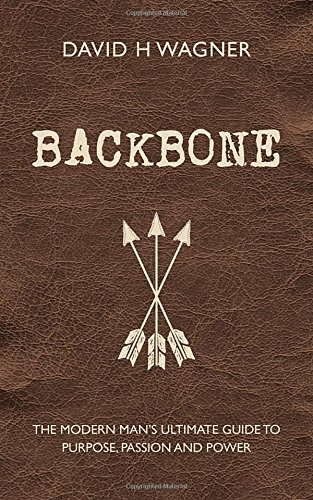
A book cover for Backbone: The Modern Man's Ultimate Guide to Purpose, Passion and Power; David H. Wagner; Parenting & Relationships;